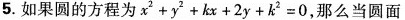
5.如果圆的方程为$$x^{2}+y^{2}+kx+2y+k^{2}=0$$，那么当圆面